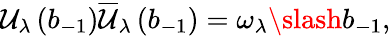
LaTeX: \mathcal{U}_{\lambda}\left(b_{-1}\right)\overline{{{{\mathcal{U}}}}}_{\lambda}\left(b_{-1}\right)=\omega_{\lambda}\slash{b}_{-1},